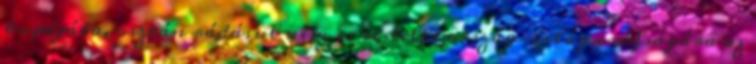
kupájába, osztán rádásul nem is restelli ország-világ csúfságára az